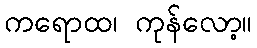
ကရောထ၊ ကုန်လော့။